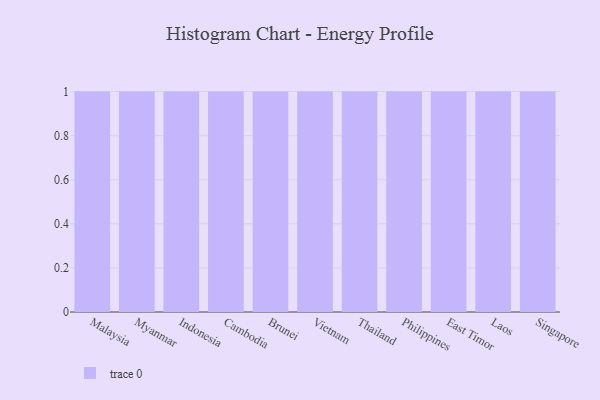
{"axis": {"x": "Country", "y": "Net Income (USD K)"}, "legend": [""], "data": [{"x": "Malaysia", "y": 51, "type": ""}, {"x": "Myanmar", "y": 91, "type": ""}, {"x": "Indonesia", "y": 82, "type": ""}, {"x": "Cambodia", "y": 96, "type": ""}, {"x": "Brunei", "y": 57, "type": ""}, {"x": "Vietnam", "y": 4, "type": ""}, {"x": "Thailand", "y": 66, "type": ""}, {"x": "Philippines", "y": 56, "type": ""}, {"x": "East Timor", "y": 90, "type": ""}, {"x": "Laos", "y": 67, "type": ""}, {"x": "Singapore", "y": 94, "type": ""}]}